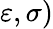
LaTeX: \varepsilon,\sigma)